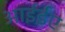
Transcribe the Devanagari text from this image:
आईईए